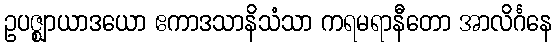
ဥပဇ္ဈာယာဒယော ဧကာဒသာနိသံသာ ကရမရာနီတော အာလိင်္ဂနေ